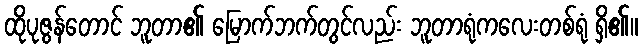
ထိုပုဇွန်တောင် ဘူတာ၏ မြောက်ဘက်တွင်လည်း ဘူတာရုံကလေးတစ်ရုံ ရှိ၏။